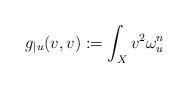
LaTeX: \begin{align*}g_{|u}(v,v):=\int_{X}v^{2}\omega_{u}^{n}\end{align*}